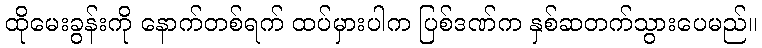
ထိုမေးခွန်းကို နောက်တစ်ရက် ထပ်မှားပါက ပြစ်ဒဏ်က နှစ်ဆတက်သွားပေမည်။